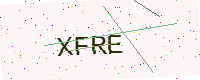
Text: XFRE